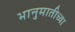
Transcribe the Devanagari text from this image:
भानुमातीच्या